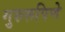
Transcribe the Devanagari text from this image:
गुरुरूपिणे